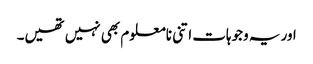
اور یہ وجوہات اتنی نامعلوم بھی نہیں تھیں۔